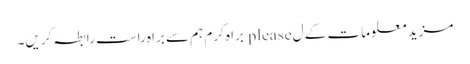
مزید معلومات کے ل please براہ کرم ہم سے براہ راست رابطہ کریں۔